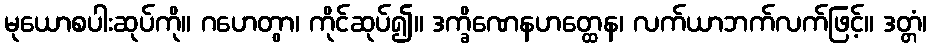
မုယောစပါးဆုပ်ကို။ ဂဟေတွာ၊ ကိုင်ဆုပ်၍။ ဒက္ခိဏေနဟတ္ထေန၊ လက်ယာဘက်လက်ဖြင့်။ ဒတ္တံ၊